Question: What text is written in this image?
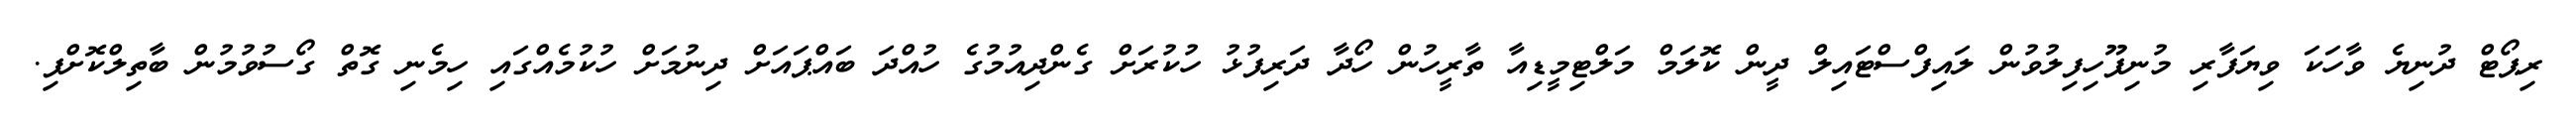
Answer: ރިޕޯޓް ދުނިޔެ ވާހަކަ ވިޔަފާރި މުނިފޫހިފިލުވުން ލައިފްސްޓައިލް ދީން ކޮލަމް މަލްޓިމީޑިއާ ތާރީހުން ހޯދާ ދަރިފުޅު ހުކުރަށް ގެންދިއުމުގެ ހުއްދަ ބައްޕައަށް ދިނުމަށް ހުކުމެއްގައި ހިމެނި ގޮތް ގޯސުވުމުން ބާތިލްކޮށްފި.